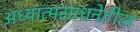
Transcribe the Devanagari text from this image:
अध्यात्मसाधनेतील